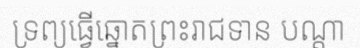
ទ្រព្យធ្វើឆ្នោតព្រះរាជទាន បណ្តា